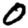
Digit: 0